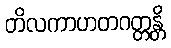
တိလကာဟတဂတ္တန္တိ